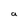
Character: a